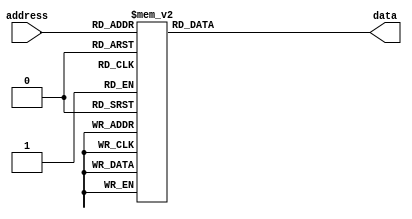
module rom(
    input [2:0] address,
    output reg [3:0] data
);

always @ (address)begin
    case(address)
        3'd0: data = 4'b0011;
        3'd1: data = 4'b0110;
        3'd2: data = 4'b1100;
        3'd3: data = 4'b1001;
        3'd4: data = 4'b0001;
        3'd5: data = 4'b0010;
        3'd6: data = 4'b0100;
        3'd7: data = 4'b1000;
    endcase
  end
endmodule